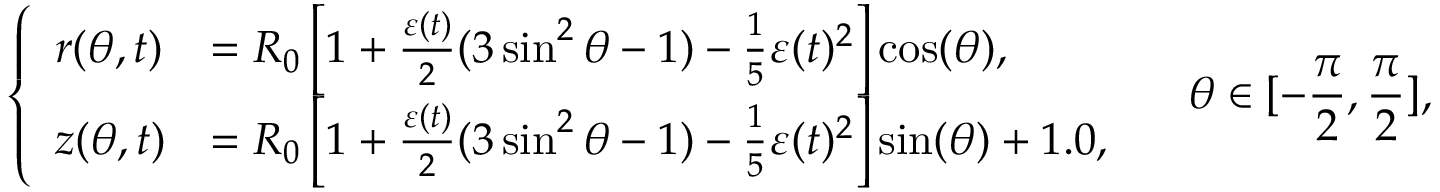
\left\{ \begin{array} { l l } { r ( \theta , t ) } & { = R _ { 0 } \left[ 1 + \frac { \varepsilon ( t ) } { 2 } ( 3 \sin ^ { 2 } \theta - 1 ) - \frac { 1 } { 5 } \varepsilon ( t ) ^ { 2 } \right] \cos ( \theta ) , } \\ { z ( \theta , t ) } & { = R _ { 0 } \left[ 1 + \frac { \varepsilon ( t ) } { 2 } ( 3 \sin ^ { 2 } \theta - 1 ) - \frac { 1 } { 5 } \varepsilon ( t ) ^ { 2 } \right] \sin ( \theta ) + 1 . 0 , } \end{array} \right. \quad \theta \in [ - \frac { \pi } { 2 } , \frac { \pi } { 2 } ] ,